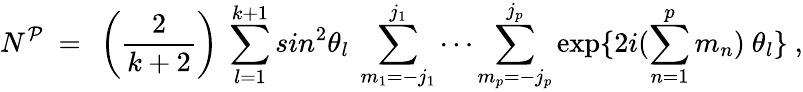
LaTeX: N^{\cal P}~=~\left(\frac{2}{k+2}\right)~\sum_{l=1}^{k+1}sin^{2}\theta_{l}~\sum_{m_{1}=-j_{1}}^{j_{1}}\cdots\sum_{m_{p}=-j_{p}}^{j_{p}}\exp\{ 2i(\sum_{n=1}^{p}m_{n})~\theta_{l}\} ~,